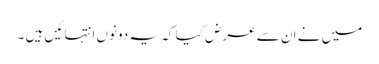
میں نے ان سے عرض کیا کہ یہ دونوں انتہائیں ہیں ۔